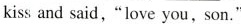
kiss and said, "love you, son."